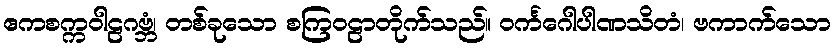
ဧကစက္ကဝါဠဂဗ္ဘံ၊ တစ်ခုသော စကြဝဠာတိုက်သည်။ ဝင်္ကဂေါပါဏသိတံ၊ ဗကာက်သော